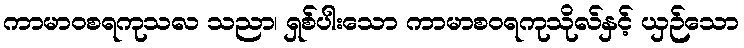
ကာမာဝစရကုသလ သညာ၊ ရှစ်ပါးသော ကာမာစဝရကုသိုလ်နှင့် ယှဉ်သော